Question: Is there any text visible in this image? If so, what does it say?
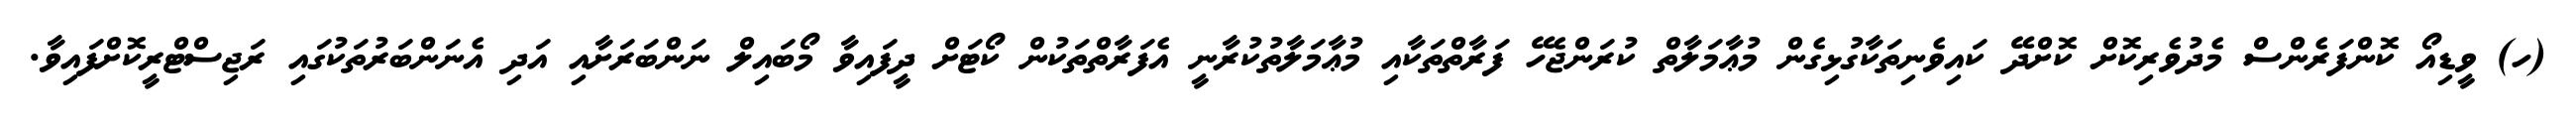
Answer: (ހ) ވީޑިއޯ ކޮންފަރެންސް މެދުވެރިކޮށް ކޮށްދޭ ކައިވެނިތަކާގުޅިގެން މުޢާމަލާތް ކުރަންޖެހޭ ފަރާތްތަކާއި މުޢާމަލާތުކުރާނީ އެފަރާތްތަކުން ކޯޓަށް ދީފައިވާ މޯބައިލް ނަންބަރަށާއި އަދި އެނަންބަރުތަކުގައި ރަޖިސްޓްރީކޮށްފައިވާ.